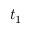
t _ { 1 }